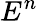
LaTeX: E^{n}